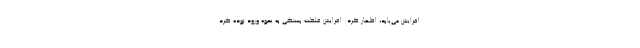
افزایش می‌یابد، اظهار کرد: افزایش غلظت بستگی به نحوه ورود توده گرد